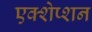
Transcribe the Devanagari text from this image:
एक्शेप्शन